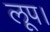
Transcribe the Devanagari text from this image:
लूप।